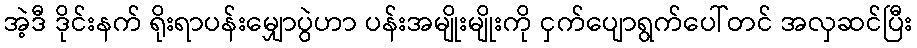
အဲ့ဒီ ဒိုင်းနက် ရိုးရာပန်းမျှောပွဲဟာ ပန်းအမျိုးမျိုးကို ငှက်ပျောရွက်ပေါ်တင် အလှဆင်ပြီး